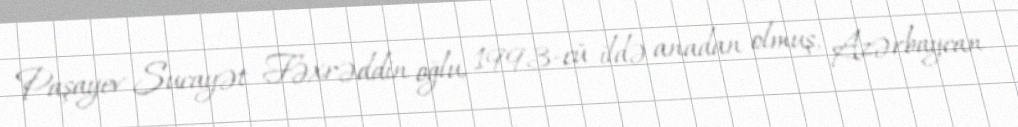
Paşayev Sucayət Fəxrəddin oğlu, 1993-cü ildə anadan olmuş, Azərbaycan